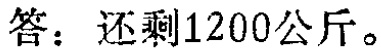
答：还剩1200公斤。